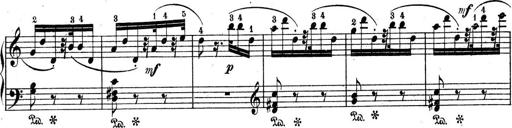
Title: 9 Sonatinen
Composer: Alexander Winterberger